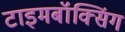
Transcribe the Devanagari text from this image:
टाइमबॉक्सिंग